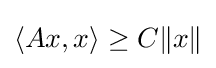
\langle Ax,x\rangle \geq C\|x\|